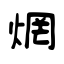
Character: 焹